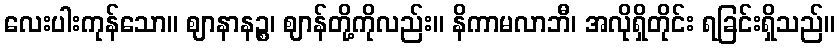
လေးပါးကုန်သော။ ဈာနာနဉ္စ၊ ဈာန်တို့ကိုလည်း။ နိကာမလာဘီ၊ အလိုရှိတိုင်း ရခြင်းရှိသည်။